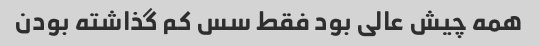
همه چیش عالی بود فقط سس کم گذاشته بودن